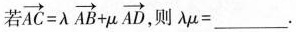
若$$\overrightarrow{AC}= \lambda \overrightarrow{AB}+ \mu \overrightarrow{AD}$$,则\lambda \mu=___.